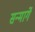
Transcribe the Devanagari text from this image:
सन्मार्गे